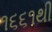
૧૬૬૧થી